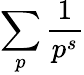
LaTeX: \sum\limits_{p}\frac{1}{p^{s}}